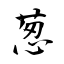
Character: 葱